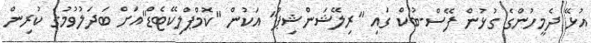
އުޅޭ ދެމީހުންގެ ގުޅުން ފޭސް-ބުކް ގައި "ރިލޭޝަންޝިޕް" އަކުން "ކޮމްޕްލިކޭޓެޑް"އަށް ބަދަލުވުމުގެ ކުރިން